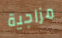
مزاجية